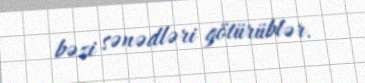
bəzi sənədləri götürüblər.